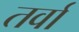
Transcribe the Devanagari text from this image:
तर्वा